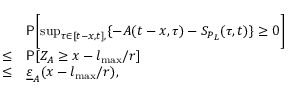
\begin{array} { r l } & { \mathsf { P } \biggl [ \operatorname* { s u p } _ { \tau \in [ t - x , t ] , } \{ - A ( t - x , \tau ) - S _ { P _ { L } } ( \tau , t ) \} \ge 0 \biggr ] } \\ { \le } & { \mathsf { P } [ Z _ { A } \ge x - l _ { \operatorname* { m a x } } / r ] } \\ { \le } & { \underline { { \varepsilon } } _ { A } ( x - l _ { \operatorname* { m a x } } / r ) , } \end{array}